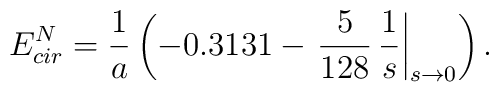
E_{cir}^{N}=\frac{1}{a}\left(-0.3131-\left.\frac{5}{128}\,\frac{1}{s}\right|_{s\to 0} \right).